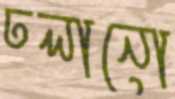
ঢলানো